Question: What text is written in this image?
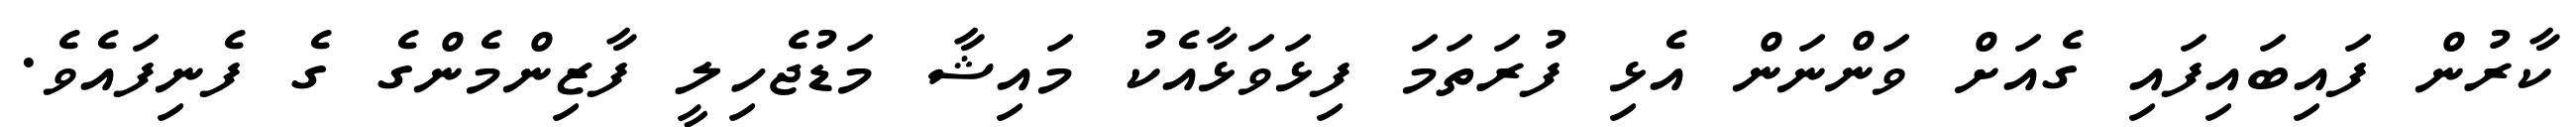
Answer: ކާރުން ފައިބައިފައި ގެއަށް ވަންނަން އެޅި ފުރަތަމަ ފިޅަވަޅާއެކު މައިޝާ މަޑުޖެހިލީ ފާޒިންމެންގެ ގެ ފެނިފައެވެ.